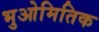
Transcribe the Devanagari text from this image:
भुओमितिक